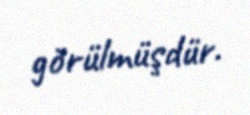
görülmüşdür.